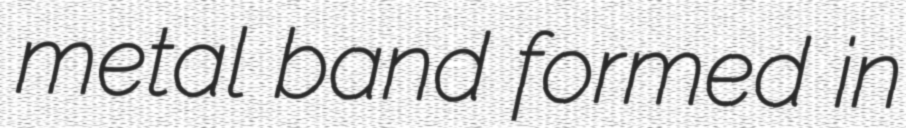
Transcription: metal band formed in